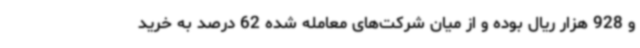
و 928 هزار ریال بوده و از میان شرکت‌های معامله شده 62 درصد به خرید